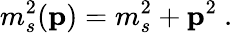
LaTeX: m_{s}^{2}({\mathbf p})=m_{s}^{2}+{\mathbf p}^{2}~.